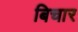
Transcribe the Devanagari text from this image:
बिचार